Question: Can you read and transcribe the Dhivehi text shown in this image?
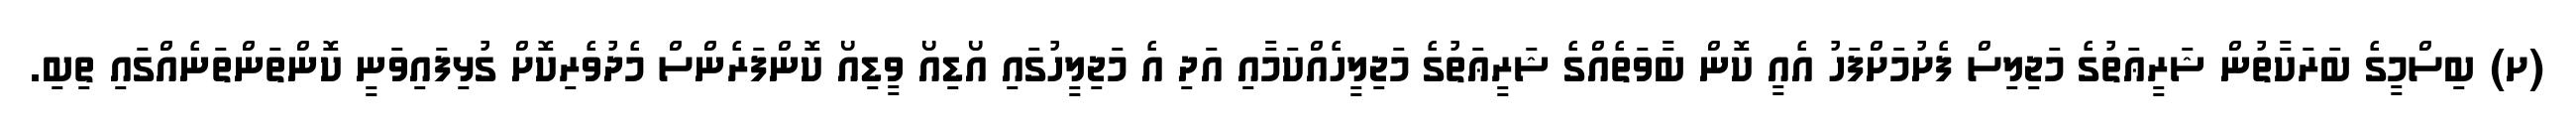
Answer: (ށ) ބިސްމީގެ ބަރަކާތުން ޝަރީޢަތުގެ މަޖިލިސް ފެށުމަށްފަހު އެއީ ކޮން ބާވަތެއްގެ ޝަރީޢަތުގެ މަޖިލީހެއްކަމާއި އަދި އެ މަޖިލީހުގައި އޯޑިއޯ ވީޑިއޯ ކޮންފަރެންސް މެދުވެރިކޮށް ގުޅިފައިވަނީ ކޮންތަންތަނެއްގައި ތިބި.